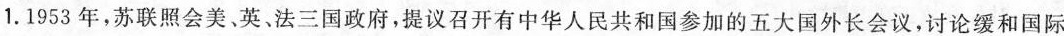
1.1953年，苏联照会美、英。法三国政府，提议召开有中华人民共和国参加的五大国外长会议，讨论缓和国际